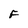
Character: F